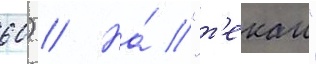
60) // На́ "т'екаи"